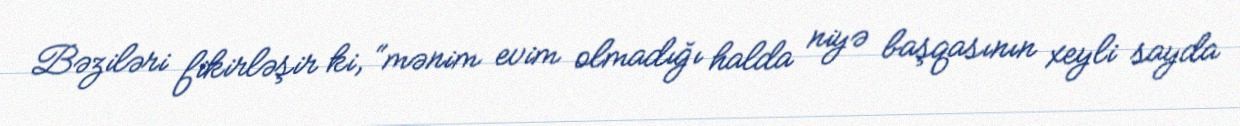
Bəziləri fikirləşir ki, “mənim evim olmadığı halda niyə başqasının xeyli sayda